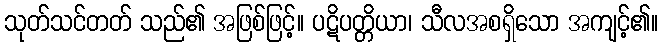
သုတ်သင်တတ် သည်၏ အဖြစ်ဖြင့်။ ပဋိပတ္တိယာ၊ သီလအစရှိသော အကျင့်၏။